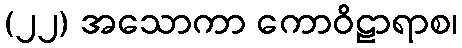
(၂၂) အသောကာ ကောဝိဠာရာစ၊